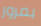
بمرور